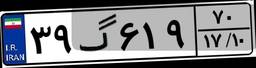
۳۹گ۶۱۹۷۰